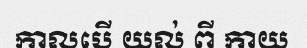
កាលបើ យល់ ពី កាយ